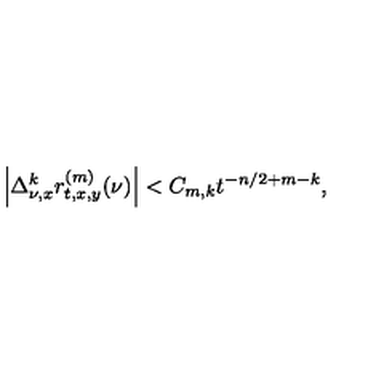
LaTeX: \left| \Delta _ { \nu , x } ^ { k } r _ { t , x , y } ^ { ( m ) } ( \nu ) \right| < C _ { m , k } t ^ { - n / 2 + m - k } ,